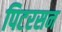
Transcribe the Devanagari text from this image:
पिटरसन